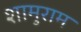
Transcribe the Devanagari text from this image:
शामुराम